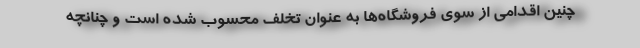
چنین اقدامی از سوی فروشگاه‌ها به عنوان تخلف محسوب شده است و چنانچه